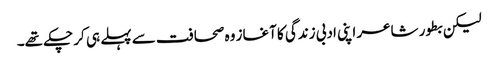
لیکن بطور شاعر اپنی ادبی زندگی کا آغاز وہ صحافت سے پہلے ہی کر چکے تھے۔